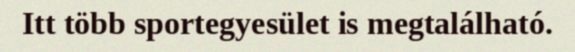
Itt több sportegyesület is megtalálható.